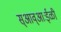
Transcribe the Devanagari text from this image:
स्आव्आःईळी